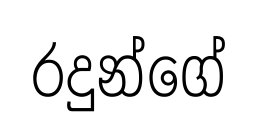
රදුන්ගේ